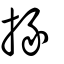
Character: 掾